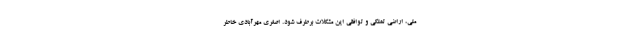
ملی، اراضی تملکی و توافقی این مشکلات برطرف شود. اصغری مهرآبادی خاطر